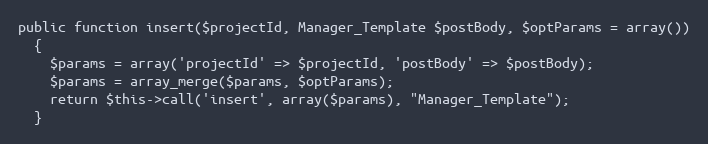
Language: PHP
public function insert($projectId, Manager_Template $postBody, $optParams = array())
  {
    $params = array('projectId' => $projectId, 'postBody' => $postBody);
    $params = array_merge($params, $optParams);
    return $this->call('insert', array($params), "Manager_Template");
  }